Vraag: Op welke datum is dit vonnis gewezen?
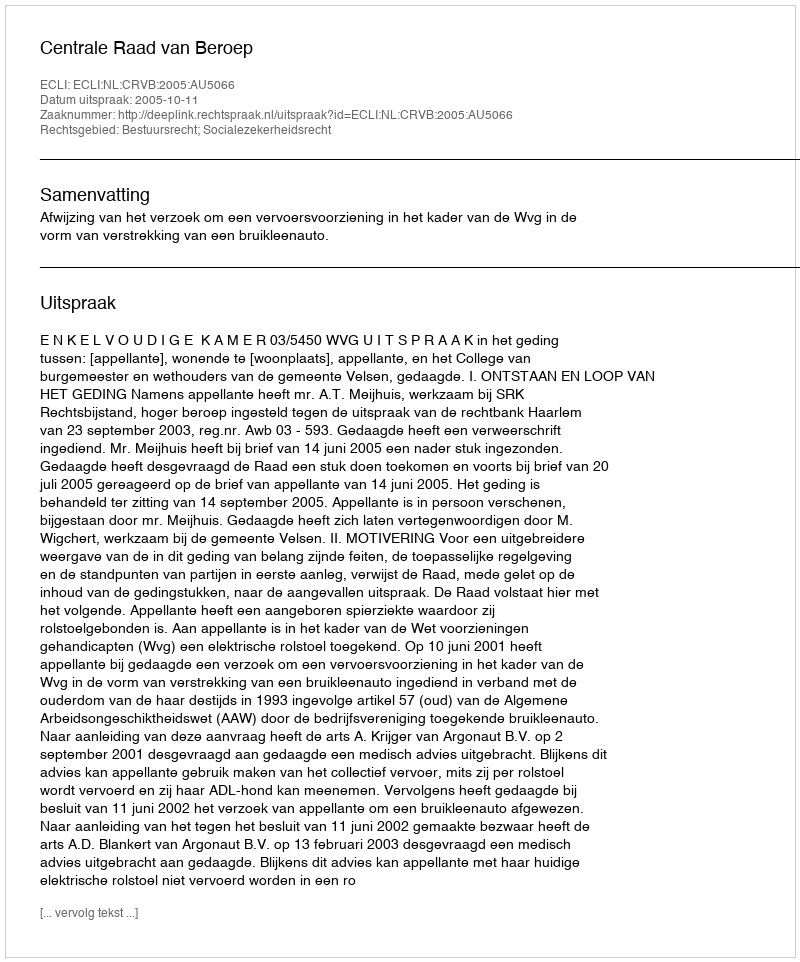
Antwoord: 2005-10-11